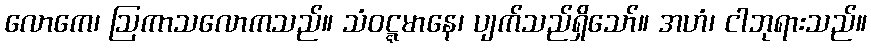
လောကေ၊ ဩကာသလောကသည်။ သံဝဋ္ဋမာနေ၊ ပျက်သည်ရှိသော်။ အဟံ၊ ငါဘုရားသည်။